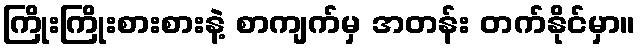
ကြိုးကြိုးစားစားနဲ့ စာကျက်မှ အတန်း တက်နိုင်မှာ။